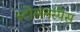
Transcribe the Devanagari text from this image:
स्टोलनस्पेस